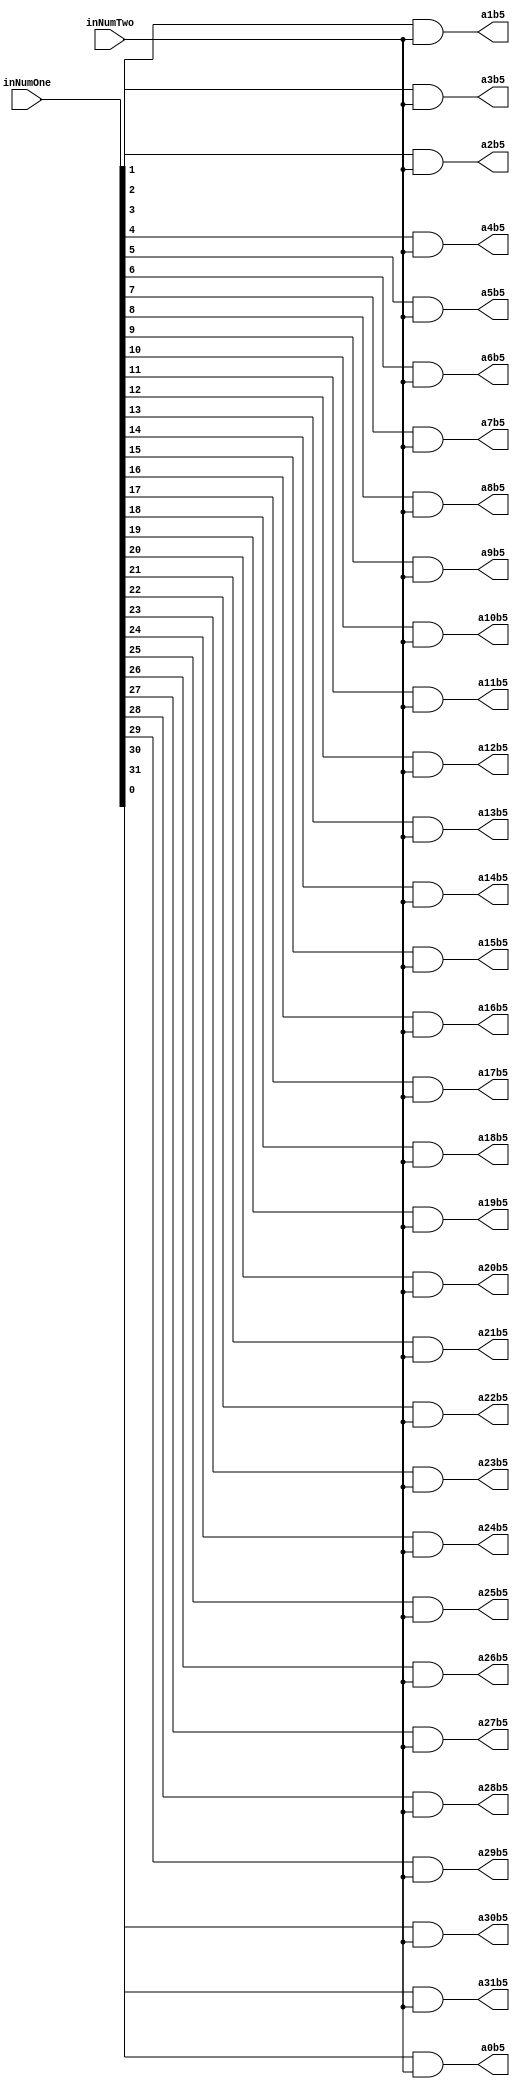
`timescale 1ns / 1ps

module PartialProductRow5(inNumOne,inNumTwo,a0b5,a1b5,a2b5,a3b5,a4b5,a5b5,a6b5,a7b5,a8b5,a9b5,a10b5,a11b5,a12b5,a13b5,a14b5,a15b5,a16b5,a17b5,a18b5,a19b5,a20b5,a21b5,a22b5,a23b5,a24b5,a25b5,a26b5,a27b5,a28b5,a29b5,a30b5,a31b5);
input [31:0] inNumOne;
input inNumTwo;
output reg a0b5,a1b5,a2b5,a3b5,a4b5,a5b5,a6b5,a7b5,a8b5,a9b5,a10b5,a11b5,a12b5,a13b5,a14b5,a15b5,a16b5,a17b5,a18b5,a19b5,a20b5,a21b5,a22b5,a23b5,a24b5,a25b5,a26b5,a27b5,a28b5,a29b5,a30b5,a31b5;

always@(inNumOne,inNumTwo)begin
	a0b5 <= inNumOne[0] & inNumTwo;
	a1b5 <= inNumOne[1] & inNumTwo;
	a2b5 <= inNumOne[2] & inNumTwo;
	a3b5 <= inNumOne[3] & inNumTwo;
	a4b5 <= inNumOne[4] & inNumTwo;
	a5b5 <= inNumOne[5] & inNumTwo;
	a6b5 <= inNumOne[6] & inNumTwo;
	a7b5 <= inNumOne[7] & inNumTwo;
	a8b5 <= inNumOne[8] & inNumTwo;
	a9b5 <= inNumOne[9] & inNumTwo;
	a10b5 <= inNumOne[10] & inNumTwo;
	a11b5 <= inNumOne[11] & inNumTwo;
	a12b5 <= inNumOne[12] & inNumTwo;
	a13b5 <= inNumOne[13] & inNumTwo;
	a14b5 <= inNumOne[14] & inNumTwo;
	a15b5 <= inNumOne[15] & inNumTwo;
	a16b5 <= inNumOne[16] & inNumTwo;
	a17b5 <= inNumOne[17] & inNumTwo;
	a18b5 <= inNumOne[18] & inNumTwo;
	a19b5 <= inNumOne[19] & inNumTwo;
	a20b5 <= inNumOne[20] & inNumTwo;
	a21b5 <= inNumOne[21] & inNumTwo;
	a22b5 <= inNumOne[22] & inNumTwo;
	a23b5 <= inNumOne[23] & inNumTwo;
	a24b5 <= inNumOne[24] & inNumTwo;
	a25b5 <= inNumOne[25] & inNumTwo;
	a26b5 <= inNumOne[26] & inNumTwo;
	a27b5 <= inNumOne[27] & inNumTwo;
	a28b5 <= inNumOne[28] & inNumTwo;
	a29b5 <= inNumOne[29] & inNumTwo;
	a30b5 <= inNumOne[30] & inNumTwo;
	a31b5 <= inNumOne[31] & inNumTwo;
end

endmodule